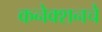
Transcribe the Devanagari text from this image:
कनेक्शनचे